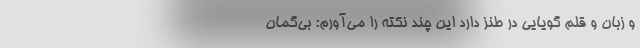
و زبان و قلم گویایی در طنز دارد این چند نکته را می‌آورم: بی‌گمان